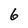
Character: 6